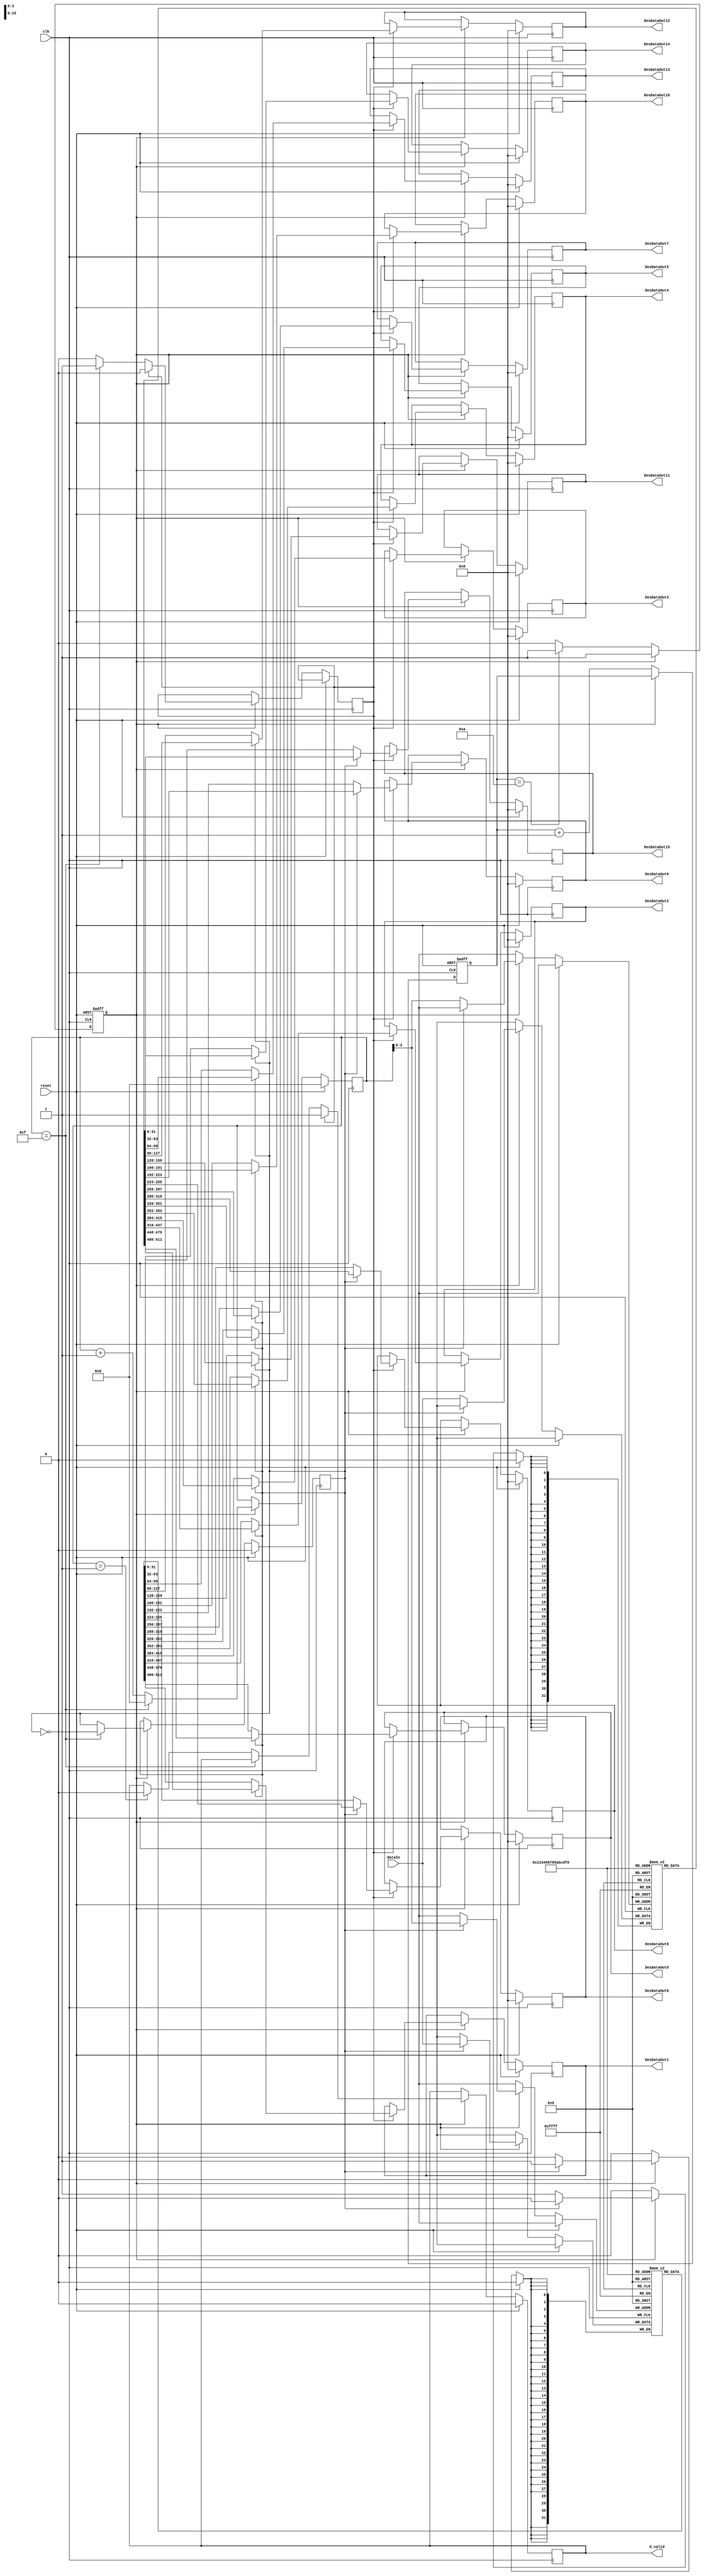
`timescale 1ns / 1ps
//////////////////////////////////////////////////////////////////////////////////
// Company: 		Singapore University of Technology and Design
// 
// Design Name: 
// Module Name:    DataBuffer 
// Project Name: 	 NVMChannelModel
// Target Devices: 
// Tool versions: 
// Description: 
//
// Dependencies: 
//
// Revision: 
// Revision 0.01 - File Created
// Additional Comments: 
//
//////////////////////////////////////////////////////////////////////////////////
/**************************************************

 Name:  DataBufferAndCelltoCellInterence
 Date:  2016-05-10
 Describe:	32 32-bits data Serdes
 Port:	  	
***************************************************/

module DataBuffer( 	
							input 			clk,					
							input 			reset,				//
							input  [31:0]	dataIn,
							
							output [31:0]	DesDataOut0,	
							output [31:0]	DesDataOut1,				
							output [31:0]	DesDataOut2,				
							output [31:0]	DesDataOut3,				
							output [31:0]	DesDataOut4,				
							output [31:0]	DesDataOut5,				
							output [31:0]	DesDataOut6,				
							output [31:0]	DesDataOut7,				
							output [31:0]	DesDataOut8,				
							output [31:0]	DesDataOut9,				
							output [31:0]	DesDataOut10,				
							output [31:0]	DesDataOut11,				
							output [31:0]	DesDataOut12,				
							output [31:0]	DesDataOut13,				
							output [31:0]	DesDataOut14,				
							output [31:0]	DesDataOut15,				
/*							output [31:0]	DesDataOut16,				
							output [31:0]	DesDataOut17,				
							output [31:0]	DesDataOut18,				
							output [31:0]	DesDataOut19,				
							output [31:0]	DesDataOut20,				
							output [31:0]	DesDataOut21,				
							output [31:0]	DesDataOut22,				
							output [31:0]	DesDataOut23,				
							output [31:0]	DesDataOut24,				
							output [31:0]	DesDataOut25,				
							output [31:0]	DesDataOut26,				
							output [31:0]	DesDataOut27,				
							output [31:0]	DesDataOut28,				
							output [31:0]	DesDataOut29,				
							output [31:0]	DesDataOut30,				
							output [31:0]	DesDataOut31,		*/		
	
							output 			d_valid
						//	output [12:0]	wordLineCnt			//2^13=8192    	

						);
						
   parameter 			length_Bitline=16,	length_d=32;    	//17bits data   16bits origin voltage
	
	reg						 [length_d-1:0]	dataOut0;				//data  output
   reg						 [length_d-1:0]	dataOut1;				//data  output
	reg						 [length_d-1:0]	dataOut2;				//data  output
	reg						 [length_d-1:0]	dataOut3;				//data  output
	reg						 [length_d-1:0]	dataOut4;				//data  output
	reg						 [length_d-1:0]	dataOut5;				//data  output
	reg						 [length_d-1:0]	dataOut6;				//data  output
	reg						 [length_d-1:0]	dataOut7;				//data  output
	reg						 [length_d-1:0]	dataOut8;				//data  output
	reg						 [length_d-1:0]	dataOut9;				//data  output
	reg						 [length_d-1:0]	dataOut10;				//data  output
	reg						 [length_d-1:0]	dataOut11;				//data  output
	reg						 [length_d-1:0]	dataOut12;				//data  output
	reg						 [length_d-1:0]	dataOut13;				//data  output
	reg						 [length_d-1:0]	dataOut14;				//data  output
	reg						 [length_d-1:0]	dataOut15;				//data  output
/*	reg						 [length_d-1:0]	dataOut16;				//data  output
	reg						 [length_d-1:0]	dataOut17;				//data  output
	reg						 [length_d-1:0]	dataOut18;				//data  output
	reg						 [length_d-1:0]	dataOut19;				//data  output
	reg						 [length_d-1:0]	dataOut20;				//data  output
	reg						 [length_d-1:0]	dataOut21;				//data  output
	reg						 [length_d-1:0]	dataOut22;				//data  output
	reg						 [length_d-1:0]	dataOut23;				//data  output
	reg						 [length_d-1:0]	dataOut24;				//data  output
	reg						 [length_d-1:0]	dataOut25;				//data  output
	reg						 [length_d-1:0]	dataOut26;				//data  output
	reg						 [length_d-1:0]	dataOut27;				//data  output
	reg						 [length_d-1:0]	dataOut28;				//data  output
	reg						 [length_d-1:0]	dataOut29;				//data  output
	reg						 [length_d-1:0]	dataOut30;				//data  output
	reg						 [length_d-1:0]	dataOut31;				//data  output*/
	
	reg						 [3:0]				count10;
	reg												inputValid;
	
	reg						 [length_d-1:0]	buffer0[length_Bitline-1:0];
	reg						 [length_d-1:0]	buffer1[length_Bitline-1:0];
   reg    											dataValid;
	reg    					 						sel;

// CCI unit
	reg    											ready;
   reg    					[4:0] 				i;
//	reg 						[12:0]				wordLineCnt8191;	
	
	
	//******  discard the first 10 data , because the first serval data is invalid***********//	
		always @ (posedge clk or posedge reset)
		begin
			if(reset)
			begin
				inputValid <= 1'b0;
				count10    <= 4'b0;
				
			end
			else 
			begin
				if(inputValid)
					count10 <= count10;
				else if (!inputValid)
				begin
					count10 <= count10 + 4'b1;
					if (count10 == 4'd10)
						inputValid <= 1'b1;			
				end
			end
		end
	
	
	
	
	
    always @(posedge clk)
    begin 
			if (reset)
        	begin
				dataOut0<=0;
            dataOut1<=0;
				dataOut2<=0;
				dataOut3<=0;
				dataOut4<=0;
				dataOut5<=0;
				dataOut6<=0;
				dataOut7<=0;
				dataOut8<=0;
				dataOut9<=0;
				dataOut10<=0;
				dataOut11<=0;
				dataOut12<=0;
				dataOut13<=0;
				dataOut14<=0;
				dataOut15<=0;
/*				dataOut16<=0;
				dataOut17<=0;
				dataOut18<=0;
				dataOut19<=0;
				dataOut20<=0;
				dataOut21<=0;
				dataOut22<=0;
				dataOut23<=0;
				dataOut24<=0;
				dataOut25<=0;
				dataOut26<=0;
				dataOut27<=0;
				dataOut28<=0;
				dataOut29<=0;
				dataOut30<=0;
				dataOut31<=0;*/
				
//				wordLineCnt8191<= 13'b0;
				sel<=0; 
				dataValid <= 0;
				i<=0;
			end
			else if(!reset)
			begin
				if(inputValid==1'b1)
					begin  
					/****** sel=0 use buffer0 ***************/	
						if(sel==1'b0)
						begin	
							buffer0[i]<= dataIn;
							i<=i+ 5'b1;
							ready<=0;
						end						// if(inputValid==1'b0)
					/****** sel=1 use buffer1 ***************/
						else if (sel == 1'b1) //sel==1
						begin
							buffer1[i]<=dataIn;
							i<=i+5'b1;
							ready<=0;
						end						//end of if(inputValid==1'b1)
						
						if(i==length_Bitline-1)
						begin
							sel<= ~sel ;
							i<=0;
							ready<=1;    		//ready to output
						end					 	// end of if(i==length_Bitline-1)
						else if (i == 5'd1)
						begin
							dataValid <= 1'b0;
						end 					 
					
				if(ready==1)
				begin
					if(sel==1)
						begin

							dataOut0<=buffer0[0];
							dataOut1<=buffer0[1];
							dataOut2<=buffer0[2];
							dataOut3<=buffer0[3];
							dataOut4<=buffer0[4];
							dataOut5<=buffer0[5];
							dataOut6<=buffer0[6];
							dataOut7<=buffer0[7];
							dataOut8<=buffer0[8];
							dataOut9<=buffer0[9];
							dataOut10<=buffer0[10];
							dataOut11<=buffer0[11];
							dataOut12<=buffer0[12];
							dataOut13<=buffer0[13];
							dataOut14<=buffer0[14];
							dataOut15<=buffer0[15];
/*							dataOut16<=buffer0[16];
							dataOut17<=buffer0[17];
							dataOut18<=buffer0[18];
							dataOut19<=buffer0[19];
							dataOut20<=buffer0[20];
							dataOut21<=buffer0[21];
							dataOut22<=buffer0[22];
							dataOut23<=buffer0[23];
							dataOut24<=buffer0[24];
							dataOut25<=buffer0[25];
							dataOut26<=buffer0[26];
							dataOut27<=buffer0[27];
							dataOut28<=buffer0[28];
							dataOut29<=buffer0[29];
							dataOut30<=buffer0[30];
							dataOut31<=buffer0[31];*/
							
							dataValid<=1;
							
						end			//  end of if(sel==1)
					else 
						 begin  
							dataOut0<=buffer1[0];
							dataOut1<=buffer1[1];
							dataOut2<=buffer1[2];  
							dataOut3<=buffer1[3];
							dataOut4<=buffer1[4];
							dataOut5<=buffer1[5];
							dataOut6<=buffer1[6];
							dataOut7<=buffer1[7];
							dataOut8<=buffer1[8];
							dataOut9<=buffer1[9];
							dataOut10<=buffer1[10];
							dataOut11<=buffer1[11];
							dataOut12<=buffer1[12];
							dataOut13<=buffer1[13];
							dataOut14<=buffer1[14];
							dataOut15<=buffer1[15];
/*							dataOut16<=buffer1[16];
							dataOut17<=buffer1[17];
							dataOut18<=buffer1[18];
							dataOut19<=buffer1[19];
							dataOut20<=buffer1[20];
							dataOut21<=buffer1[21];
							dataOut22<=buffer1[22];
							dataOut23<=buffer1[23];
							dataOut24<=buffer1[24];
							dataOut25<=buffer1[25];
							dataOut26<=buffer1[26];
							dataOut27<=buffer1[27];
							dataOut28<=buffer1[28];
							dataOut29<=buffer1[29];
							dataOut30<=buffer1[30];
							dataOut31<=buffer1[31];
							*/
							dataValid<=1;
							
						 end			//  end of if(sel==0)
					ready  <=0;
/*					if (wordLineCnt8191 == 13'd8191)
						wordLineCnt8191  <= 13'b0;
					else
						wordLineCnt8191  <= wordLineCnt8191 + 13'b1;*/
					end	 			//  end of  if(ready==1)
			end						//  end of  if(inputValid==1'b1)
		end							//  end of  if(reset==0)	
	end		
		
		
//		assign  	  wordLineCnt = wordLineCnt8191;
		assign  	  d_valid     = dataValid;

		assign 	  DesDataOut0 = dataOut0;
		assign     DesDataOut1 = dataOut1;
		assign     DesDataOut2 = dataOut2;
		assign     DesDataOut3 = dataOut3;
		assign     DesDataOut4 = dataOut4;
		assign     DesDataOut5 = dataOut5;
		assign     DesDataOut6 = dataOut6;
		assign     DesDataOut7 = dataOut7;
		assign     DesDataOut8 = dataOut8;
		assign     DesDataOut9 = dataOut9;
		assign     DesDataOut10 = dataOut10;
		assign     DesDataOut11 = dataOut11;
		assign     DesDataOut12 = dataOut12;
		assign     DesDataOut13 = dataOut13;
		assign     DesDataOut14 = dataOut14;
		assign     DesDataOut15 = dataOut15;
/*		assign     DesDataOut16 = dataOut16;
		assign     DesDataOut17 = dataOut17;
		assign     DesDataOut18 = dataOut18;
		assign     DesDataOut19 = dataOut19;
		assign     DesDataOut20 = dataOut20;
		assign     DesDataOut21 = dataOut21;
		assign     DesDataOut22 = dataOut22;
		assign     DesDataOut23 = dataOut23;
		assign     DesDataOut24 = dataOut24;
		assign     DesDataOut25 = dataOut25;
		assign     DesDataOut26 = dataOut26;
		assign     DesDataOut27 = dataOut27;
		assign     DesDataOut28 = dataOut28;
		assign     DesDataOut29 = dataOut29;
		assign     DesDataOut30 = dataOut30;
		assign     DesDataOut31 = dataOut31;*/
		 
		
	
		
endmodule